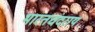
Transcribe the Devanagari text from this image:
भारतचंदराय